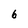
Character: 6